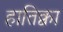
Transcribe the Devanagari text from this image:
हातिक्वा